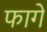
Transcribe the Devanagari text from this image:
फागें